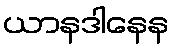
ယာနဒါနေန